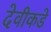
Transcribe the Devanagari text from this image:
देवीकडे